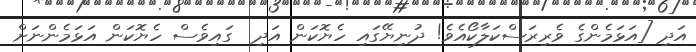
އަދި [އަޅަމެންގެ ވެރިރަސްކަލާކޯއެވެ! ދުނިޔޭގައި ހެޔޮކަން އަދި  ގައިވެސް ހެޔޮކަން އަޅަމެންނަށް